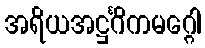
အရိယအဋ္ဌင်္ဂိကမဂ္ဂေါ